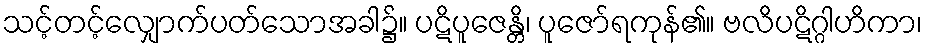
သင့်တင့်လျှောက်ပတ်သောအခါ၌။ ပဋိပူဇေန္တိ၊ ပူဇော်ရကုန်၏။ ဗလိပဋိဂ္ဂါဟိကာ၊